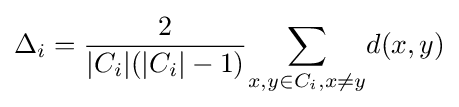
\Delta _{i}={\dfrac {2}{|C_{i}|(|C_{i}|-1)}}{\underset {x,y\in C_{i},x\neq y}{\sum }}d(x,y)